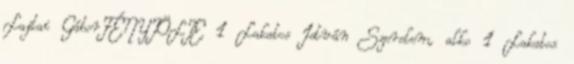
Lajtai GáborFÉNYTÖLTE 1 Lakatos István Szerelem, alko 1 Lakatos